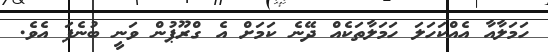
ހަމަލާއާ އެއްކަހަލަ ހަމަލާތަކެއް ދޭނެ ކަމަށް އެ ގްރޫޕުން ވަނީ ބުނެފަ އެވެ.